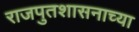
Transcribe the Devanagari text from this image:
राजपुतशासनाच्या